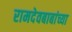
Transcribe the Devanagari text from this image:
रामदेवबाबांच्या